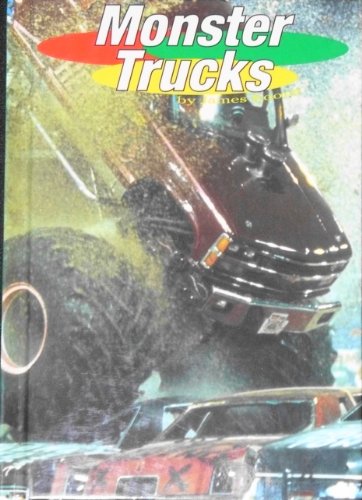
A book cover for Monster Trucks (Rollin'); James Koons; Children's Books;